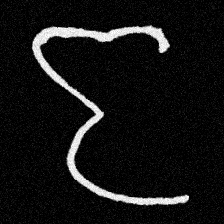
Pyu character \u2014 Myanmar letter: ဇ (romanized: ja)